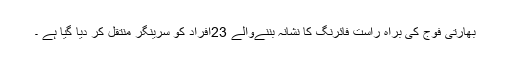
بھارتی فوج کی براہ راست فائرنگ کا نشانہ بننےوالے 23افراد کو سرینگر منتقل کر دیا گیا ہے ۔